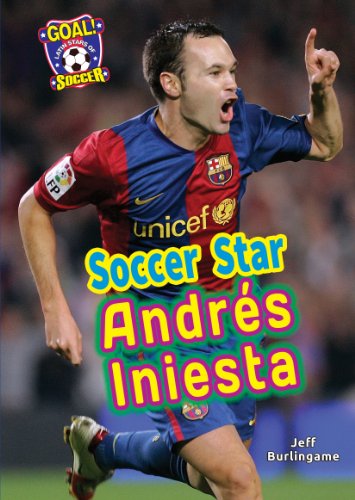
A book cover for Soccer Star Andres Iniesta (Goal! Latin Stars of Soccer); Jeff Burlingame; Children's Books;